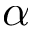
\alpha